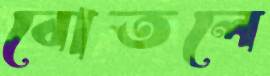
বোতলে